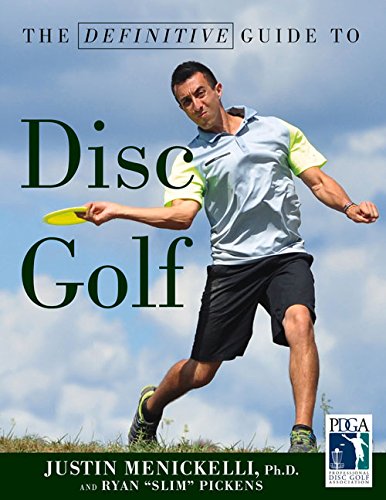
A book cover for Definitive Guide to Disc Golf; Justin Menickelli; Health, Fitness & Dieting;